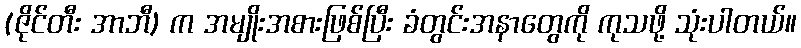
(ဇိုင်တီး အာဘီ) က အမျိုးအစားဖြစ်ပြီး ခံတွင်းအနာတွေကို ကုသဖို့ သုံးပါတယ်။